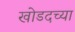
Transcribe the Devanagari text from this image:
खोडदच्या